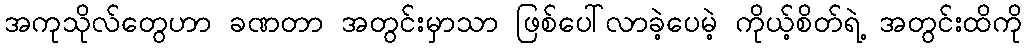
အကုသိုလ်တွေဟာ ခဏတာ အတွင်းမှာသာ ဖြစ်ပေါ်လာခဲ့ပေမဲ့ ကိုယ့်စိတ်ရဲ့ အတွင်းထိကို